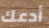
أدعك